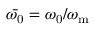
\bar { \omega _ { \mathrm { 0 } } } = \omega _ { \mathrm { 0 } } / \omega _ { \mathrm { m } }